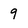
Character: 9